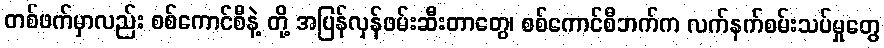
တစ်ဖက်မှာလည်း စစ်ကောင်စီနဲ့ တို့ အပြန်လှန်ဖမ်းဆီးတာတွေ၊ စစ်ကောင်စီဘက်က လက်နက်စမ်းသပ်မှုတွေ